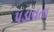
પડાવતા